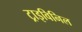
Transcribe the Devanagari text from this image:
ट्राइविनिल